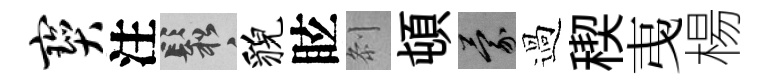
宝注鬆貌眩𠛴頓蒙過稧𢎯楊